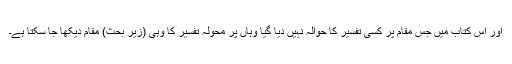
اور اس کتاب میں جس مقام پر کسی تفسیر کا حوالہ نہیں دیا گیا وہاں پر محولہ تفسیر کا وہی (زیر بحث) مقام دیکھا جا سکتا ہے۔